Indian journal of veterinary science and animal husbandry - Volume 12,
Year: 1942
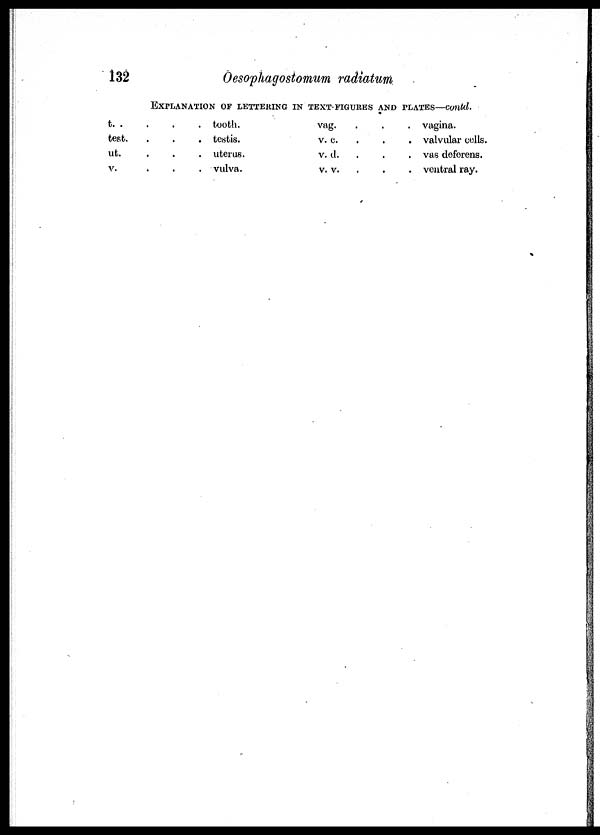
132
Oesophagostomum radiatum
EXPLANATION OF LETTERING IN TEXT-FIGURES AND PLATES—contd.
t. . .
test. . . .
ut. . . .
v. . . .
tooth.
testis.
uterus.
vulva.
vag. . . .
v. c. . . .
v. d. . . .
v. v. . . .
vagina.
valvular cells.
vas deferens.
ventral ray.